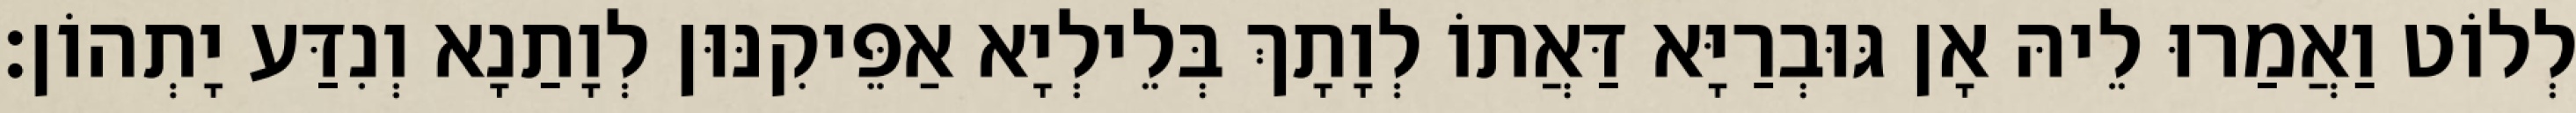
לְלוֹט וַאֲמַרוּ לֵיהּ אָן גּוּבְרַיָּא דַּאֲתוֹ לְוָתָךְ בְּלֵילְיָא אַפֵּיקִנּוּן לְוָתַנָא וְנִדַּע יָתְהוֹן׃